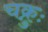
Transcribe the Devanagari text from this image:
चक्रुः